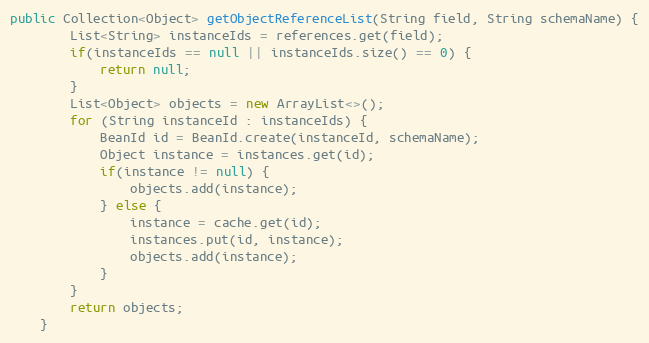
Language: Java
public Collection<Object> getObjectReferenceList(String field, String schemaName) {
        List<String> instanceIds = references.get(field);
        if(instanceIds == null || instanceIds.size() == 0) {
            return null;
        }
        List<Object> objects = new ArrayList<>();
        for (String instanceId : instanceIds) {
            BeanId id = BeanId.create(instanceId, schemaName);
            Object instance = instances.get(id);
            if(instance != null) {
                objects.add(instance);
            } else {
                instance = cache.get(id);
                instances.put(id, instance);
                objects.add(instance);
            }
        }
        return objects;
    }